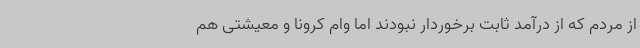
از مردم که از درآمد ثابت برخوردار نبودند اما وام کرونا و معیشتی هم